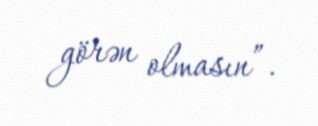
görən olmasın”.